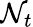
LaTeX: \mathcal{N}_{t}